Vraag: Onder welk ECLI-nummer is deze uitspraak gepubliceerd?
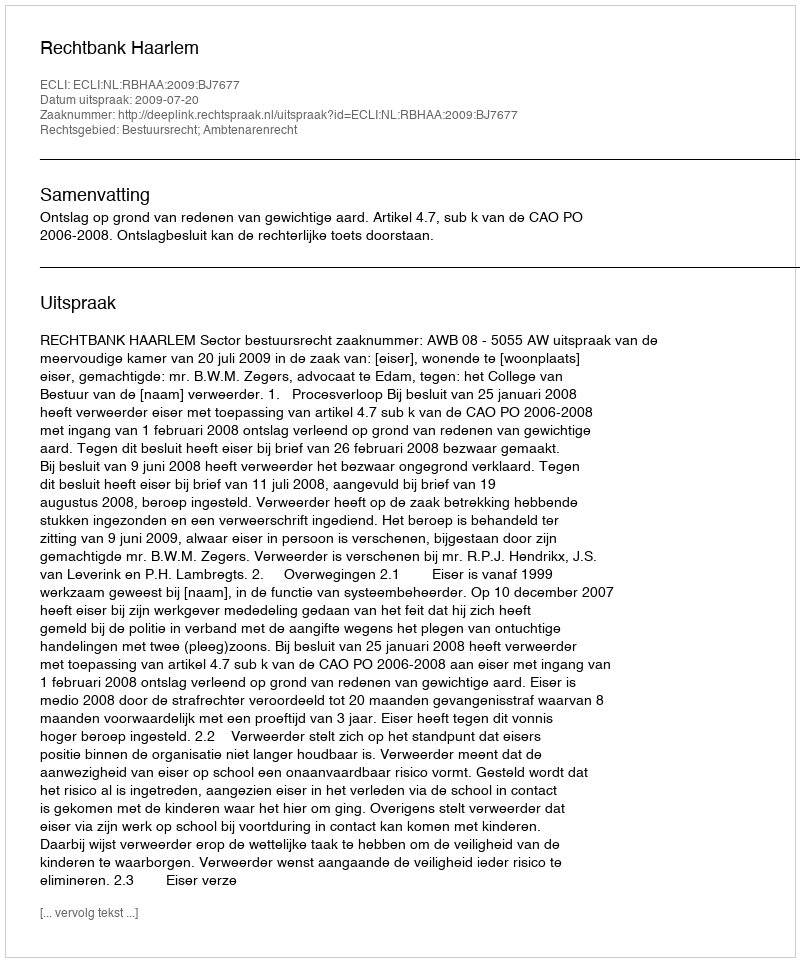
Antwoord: ECLI:NL:RBHAA:2009:BJ7677